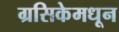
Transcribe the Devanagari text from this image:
ग्रसिकेमधून